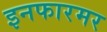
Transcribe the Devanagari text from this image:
इनफारमर